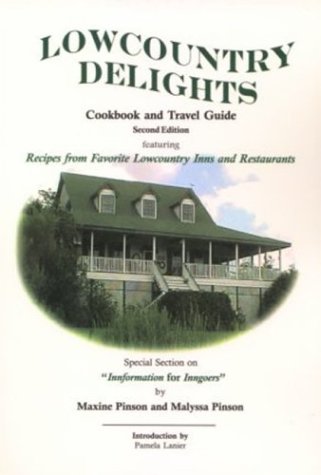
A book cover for Lowcountry Delights Cookbook & Travel Guide, Second Edition; Maxine Pinson; Travel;